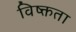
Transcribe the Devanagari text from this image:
विष्क्तता